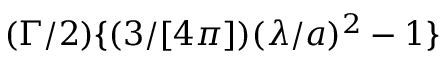
( \Gamma / 2 ) \{ ( 3 / [ 4 \pi ] ) ( \lambda / a ) ^ { 2 } - 1 \}